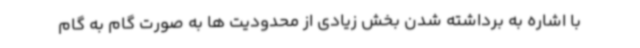
با اشاره به برداشته شدن بخش زیادی از محدودیت ها به صورت گام به گام